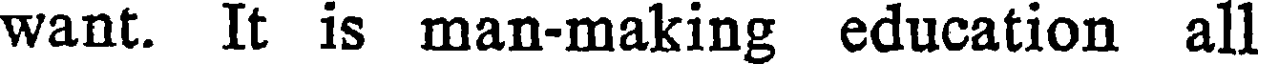
want. It is man-making education all